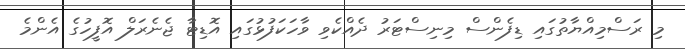
މި ރަސްމިއްޔާތުގައި ޑިފެންސް މިނިސްޓަރު ދެއްކެވި ވާހަކަފުޅުގައި އޮޑިޓާ ޖެނެރަލް އޮފީހުގެ އެންމެ